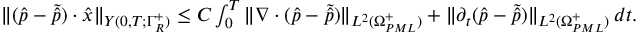
\begin{array} { r } { \| ( \hat { p } - \tilde { \hat { p } } ) \cdot \hat { x } \| _ { Y ( 0 , T ; \Gamma _ { R } ^ { + } ) } \leq C \int _ { 0 } ^ { T } \| \nabla \cdot ( \hat { p } - \tilde { \hat { p } } ) \| _ { L ^ { 2 } ( \Omega _ { P M L } ^ { + } ) } + \| \partial _ { t } ( \hat { p } - \tilde { \hat { p } } ) \| _ { L ^ { 2 } ( \Omega _ { P M L } ^ { + } ) } \, d t . } \end{array}